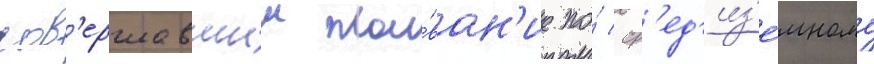
сов'ершавшии пла́ван'ие по́ ср'ед'из'е́мному